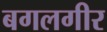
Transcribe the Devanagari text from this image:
बगलगीर